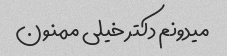
میدونم دکتر خیلی ممنون